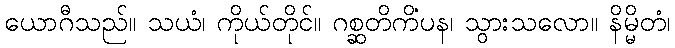
ယောဂီသည်။ သယံ၊ ကိုယ်တိုင်။ ဂစ္ဆတိကိံပန၊ သွားသလော။ နိမ္မိတံ၊